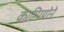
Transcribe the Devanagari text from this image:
काम्पियोने